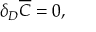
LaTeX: \delta _ { D } \overline { { C } } = 0 ,